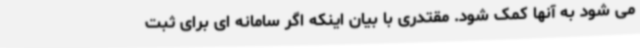
می شود به آنها کمک شود. مقتدری با بیان اینکه اگر سامانه ای برای ثبت